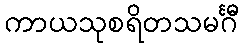
ကာယသုစရိတသမင်္ဂီ